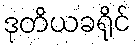
ဒုတိယခရိုင်